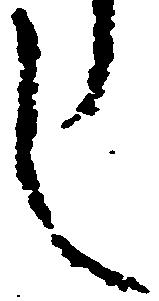
し